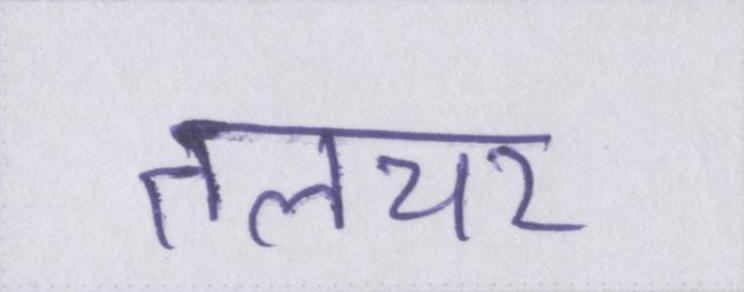
तलचर